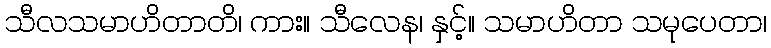
သီလသမာဟိတာတိ၊ ကား။ သီလေန၊ နှင့်။ သမာဟိတာ သမုပေတာ၊